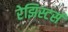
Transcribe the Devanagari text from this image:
रेझिस्टर्स